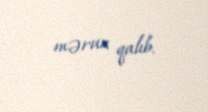
məruz qalıb.